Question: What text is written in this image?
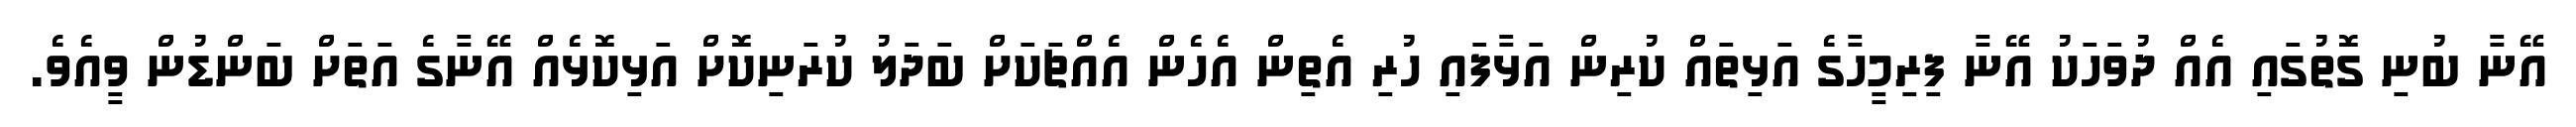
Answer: އޭނާ ބުނި ގޮތުގައި އެއް ދުވަހަކު އޭނާ ފިރިމީހާގެ އަޅިތައް ކުރިން އަޅާފައި ހުރި އެތިން އެހެން އެއްޗަކަށް ބަދަލު ކުރަނިކޮށް އަޅިކޮޅެއް އޭނާގެ އަތަށް ބަންޑުން ވީއެވެ.